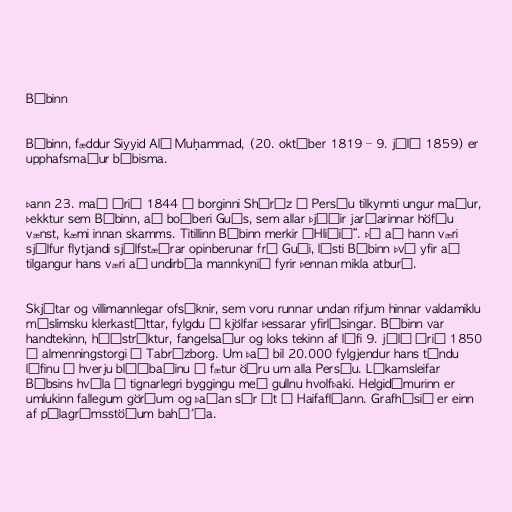
Bábinn

Bábinn, fæddur Siyyid Alí Muḥammad, (20. október 1819 – 9. júlí 1859) er
upphafsmaður bábisma.

Þann 23. maí árið 1844 í borginni Shíráz í Persíu tilkynnti ungur maður,
þekktur sem Bábinn, að boðberi Guðs, sem allar þjóðir jarðarinnar höfðu
vænst, kæmi innan skamms. Titillinn Bábinn merkir „Hliðið“. Þó að hann væri
sjálfur flytjandi sjálfstæðrar opinberunar frá Guði, lýsti Bábinn því yfir að
tilgangur hans væri að undirbúa mannkynið fyrir þennan mikla atburð.

Skjótar og villimannlegar ofsóknir, sem voru runnar undan rifjum hinnar valdamiklu
múslimsku klerkastéttar, fylgdu í kjölfar þessarar yfirlýsingar. Bábinn var
handtekinn, húðstrýktur, fangelsaður og loks tekinn af lífi 9. júlí árið 1850
á almenningstorgi í Tabrízborg. Um það bil 20.000 fylgjendur hans týndu
lífinu í hverju blóðbaðinu á fætur öðru um alla Persíu. Líkamsleifar
Bábsins hvíla í tignarlegri byggingu með gullnu hvolfþaki. Helgidómurinn er
umlukinn fallegum görðum og þaðan sér út á Haifaflóann. Grafhýsið er einn
af pílagrímsstöðum bahá'ía.